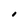
Character: 0